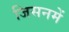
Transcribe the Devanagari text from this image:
जिसनमें